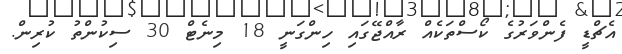
އެޗްޑީ ފެންވަރުގެ ކޯސްތަކެއް ރާއްޖޭގައި ހިންގަނީ 18 މިނެޓް 30 ސިކުންތު ކުރިން.